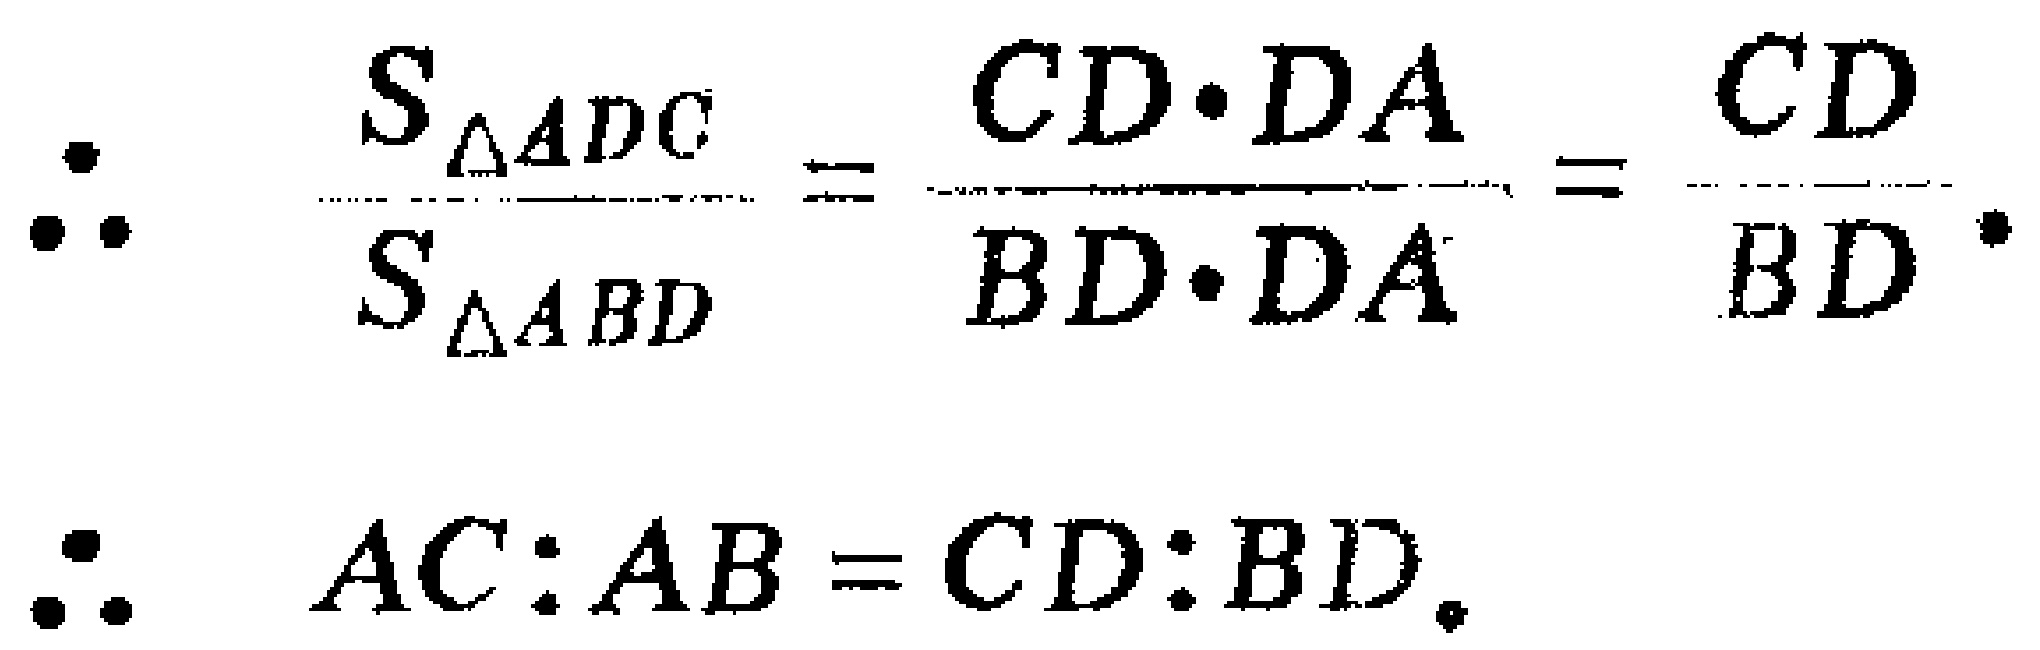
\(\therefore \frac{S_{\triangle ADC}}{S_{\triangle ABD}} = \frac{CD\cdot DA}{BD\cdot DA} = \frac{CD}{BD}.\)

\(\therefore AC:AB = CD:BD.\)